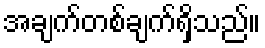
အချက်တစ်ချက်ရှိသည်။